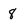
Character: 8